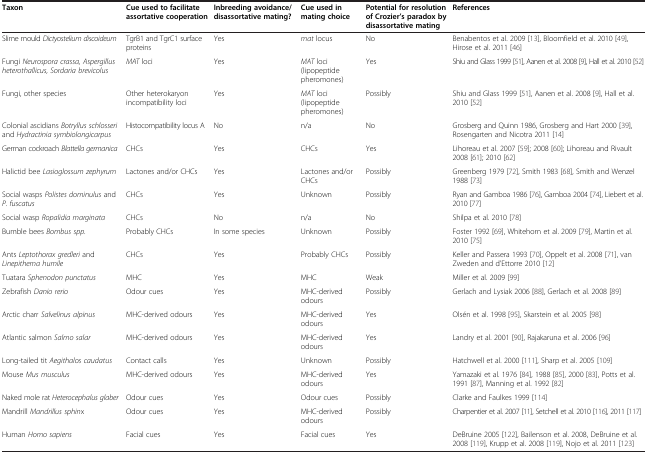
<table><thead><tr><td><b>Taxon</b></td><td><b>Cue used to facilitate assortative cooperation</b></td><td><b>Inbreeding avoidance/disassortative mating?</b></td><td><b>Cue used in mating choice</b></td><td><b>Potential for resolution of Crozier’s paradox by disassortative mating</b></td><td><b>References</b></td></tr></thead><tbody><tr><td>Slime mould <i>Dictyostelium discoideum</i></td><td>TgrB1 and TgrC1 surface proteins</td><td>Yes</td><td><i>mat</i> locus</td><td>No</td><td>Benabentos et al. 2009 [13], Bloomfield et al. 2010 [49], Hirose et al. 2011 [46]</td></tr><tr><td>Fungi <i>Neurospora crassa, Aspergillus heterothallicus, Sordaria brevicolus</i></td><td><i>MAT</i> loci</td><td>Yes</td><td><i>MAT</i> loci (lipopeptide pheromones)</td><td>Yes</td><td>Shiu and Glass 1999 [51], Aanen et al. 2008 [9], Hall et al. 2010 [52]</td></tr><tr><td>Fungi, other species</td><td>Other heterokaryon incompatibility loci</td><td>Yes</td><td><i>MAT</i> loci (lipopeptide pheromones)</td><td>Possibly</td><td>Shiu and Glass 1999 [51], Aanen et al. 2008 [9], Hall et al. 2010 [52]</td></tr><tr><td>Colonial ascidians <i>Botryllus schlosseri</i> and <i>Hydractinia symbiolongicarpus</i></td><td>Histocompatibility locus A</td><td>No</td><td>n/a</td><td>No</td><td>Grosberg and Quinn 1986, Grosberg and Hart 2000 [39], Rosengarten and Nicotra 2011 [14]</td></tr><tr><td>German cockroach <i>Blattella germanica</i></td><td>CHCs</td><td>Yes</td><td>CHCs</td><td>Yes</td><td>Lihoreau et al. 2007 [59]; 2008 [60]; Lihoreau and Rivault 2008 [61]; 2010 [62]</td></tr><tr><td>Halictid bee <i>Lasioglossum zephyrum</i></td><td>Lactones and/or CHCs</td><td>Yes</td><td>Lactones and/or CHCs</td><td>Possibly</td><td>Greenberg 1979 [72], Smith 1983 [68], Smith and Wenzel 1988 [73]</td></tr><tr><td>Social wasps <i>Polistes dominulus</i> and <i>P</i>. <i>fuscatus</i></td><td>CHCs</td><td>Yes</td><td>Unknown</td><td>Possibly</td><td>Ryan and Gamboa 1986 [76], Gamboa 2004 [74], Liebert et al. 2010 [77]</td></tr><tr><td>Social wasp <i>Ropalidia marginata</i></td><td>CHCs</td><td>No</td><td>n/a</td><td>No</td><td>Shilpa et al. 2010 [78]</td></tr><tr><td>Bumble bees <i>Bombus spp.</i></td><td>Probably CHCs</td><td>In some species</td><td>Unknown</td><td>Possibly</td><td>Foster 1992 [69], Whitehorn et al. 2009 [79], Martin et al. 2010 [75]</td></tr><tr><td>Ants <i>Leptothorax gredleri</i> and <i>Linepithema humile</i></td><td>CHCs</td><td>Yes</td><td>Probably CHCs</td><td>Possibly</td><td>Keller and Passera 1993 [70], Oppelt et al. 2008 [71], van Zweden and d’Ettorre 2010 [12]</td></tr><tr><td>Tuatara <i>Sphenodon punctatus</i></td><td>MHC</td><td>Yes</td><td>MHC</td><td>Weak</td><td>Miller et al. 2009 [99]</td></tr><tr><td>Zebrafish <i>Danio rerio</i></td><td>Odour cues</td><td>Yes</td><td>MHC-derived odours</td><td>Possibly</td><td>Gerlach and Lysiak 2006 [88], Gerlach et al. 2008 [89]</td></tr><tr><td>Arctic charr <i>Salvelinus alpinus</i></td><td>MHC-derived odours</td><td>Yes</td><td>MHC-derived odours</td><td>Yes</td><td>Olsén et al. 1998 [95], Skarstein et al. 2005 [98]</td></tr><tr><td>Atlantic salmon <i>Salmo salar</i></td><td>MHC-derived odours</td><td>Yes</td><td>MHC-derived odours</td><td>Yes</td><td>Landry et al. 2001 [90], Rajakaruna et al. 2006 [96]</td></tr><tr><td>Long-tailed tit <i>Aegithalos caudatus</i></td><td>Contact calls</td><td>Yes</td><td>Unknown</td><td>Possibly</td><td>Hatchwell et al. 2000 [111], Sharp et al. 2005 [109]</td></tr><tr><td>Mouse <i>Mus musculus</i></td><td>MHC-derived odours</td><td>Yes</td><td>MHC-derived odours</td><td>Yes</td><td>Yamazaki et al. 1976 [84], 1988 [85], 2000 [83], Potts et al. 1991 [87], Manning et al. 1992 [82]</td></tr><tr><td>Naked mole rat <i>Heterocephalus glaber</i></td><td>Odour cues</td><td>Yes</td><td>Odour cues</td><td>Possibly</td><td>Clarke and Faulkes 1999 [114]</td></tr><tr><td>Mandrill <i>Mandrillus sphin</i>x</td><td>Odour cues</td><td>Yes</td><td>MHC-derived odours</td><td>Possibly</td><td>Charpentier et al. 2007 [11], Setchell et al. 2010 [116], 2011 [117]</td></tr><tr><td>Human <i>Homo sapiens</i></td><td>Facial cues</td><td>Yes</td><td>Facial cues</td><td>Yes</td><td>DeBruine 2005 [122], Bailenson et al. 2008, DeBruine et al. 2008 [119], Krupp et al. 2008 [119], Nojo et al. 2011 [123]</td></tr></tbody></table>